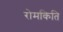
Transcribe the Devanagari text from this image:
रोमकिति